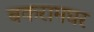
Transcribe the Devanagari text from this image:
बकरामघर